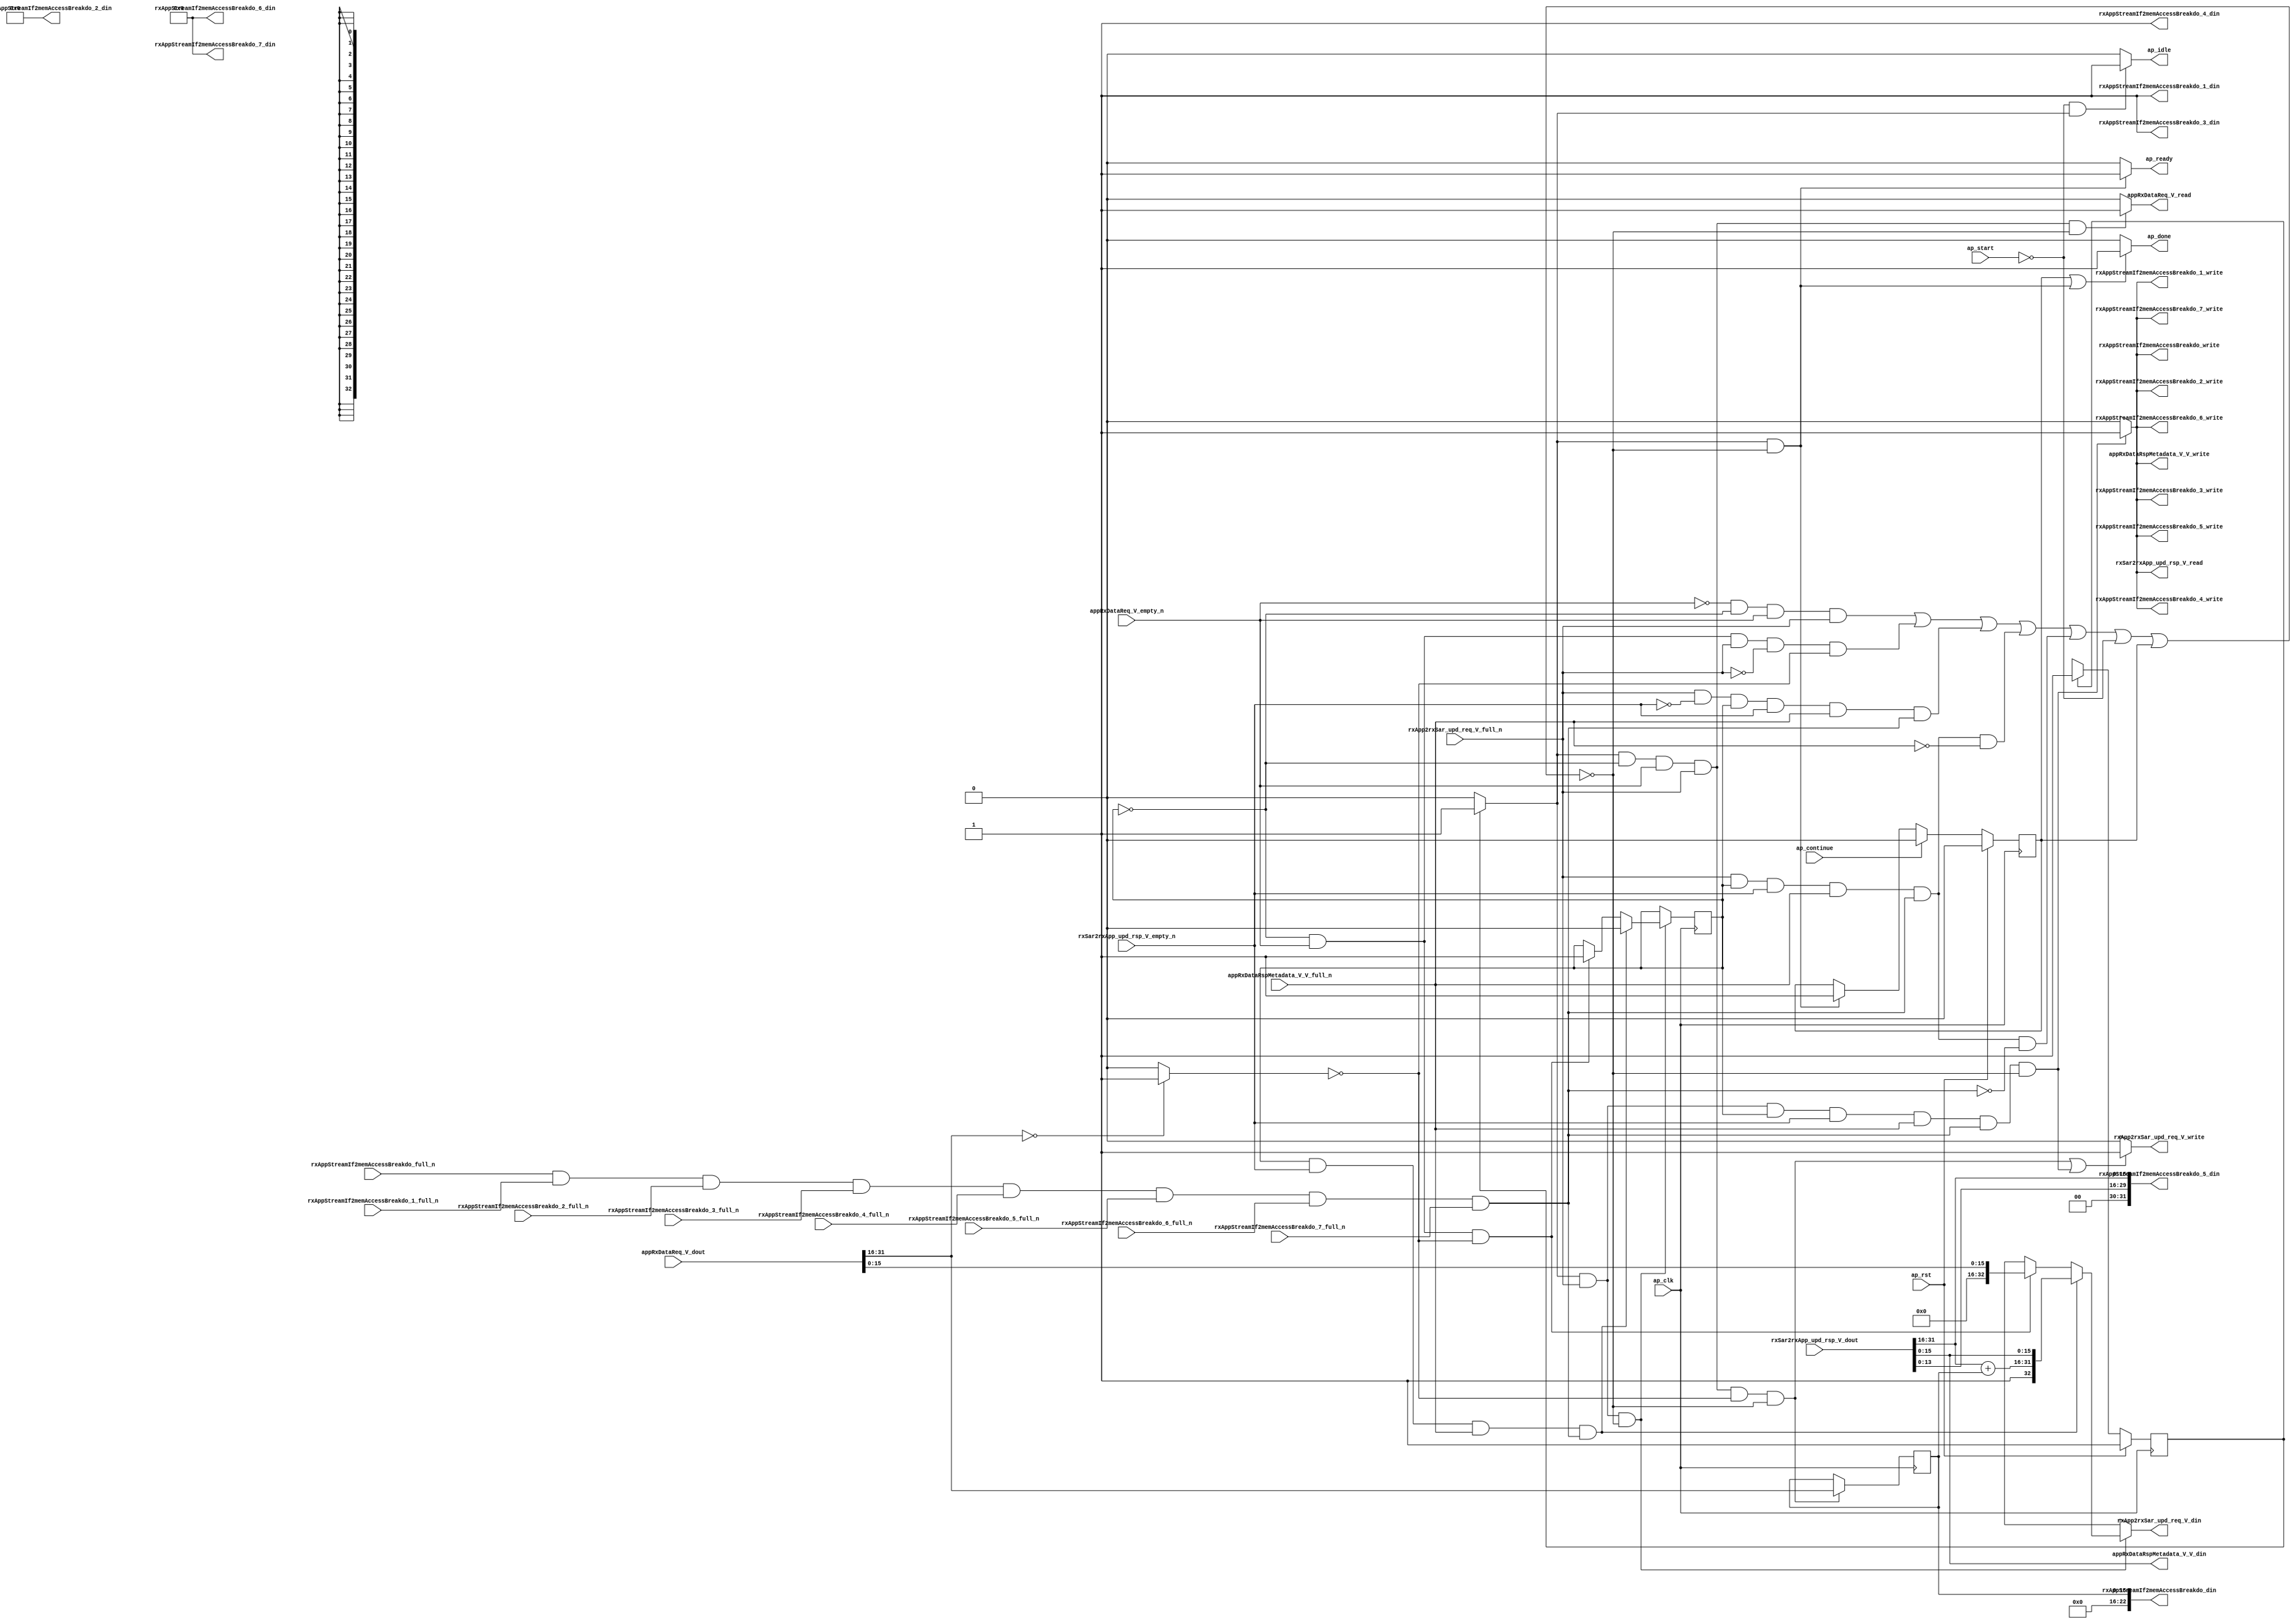
// ==============================================================
// RTL generated by Vivado(TM) HLS - High-Level Synthesis from C, C++ and SystemC
// Version: 2015.1
// Copyright (C) 2015 Xilinx Inc. All rights reserved.
// 
// ===========================================================

`timescale 1 ns / 1 ps 

module toe_rx_app_stream_if (
        ap_clk,
        ap_rst,
        ap_start,
        ap_done,
        ap_continue,
        ap_idle,
        ap_ready,
        appRxDataReq_V_dout,
        appRxDataReq_V_empty_n,
        appRxDataReq_V_read,
        appRxDataRspMetadata_V_V_din,
        appRxDataRspMetadata_V_V_full_n,
        appRxDataRspMetadata_V_V_write,
        rxApp2rxSar_upd_req_V_din,
        rxApp2rxSar_upd_req_V_full_n,
        rxApp2rxSar_upd_req_V_write,
        rxSar2rxApp_upd_rsp_V_dout,
        rxSar2rxApp_upd_rsp_V_empty_n,
        rxSar2rxApp_upd_rsp_V_read,
        rxAppStreamIf2memAccessBreakdo_din,
        rxAppStreamIf2memAccessBreakdo_full_n,
        rxAppStreamIf2memAccessBreakdo_write,
        rxAppStreamIf2memAccessBreakdo_1_din,
        rxAppStreamIf2memAccessBreakdo_1_full_n,
        rxAppStreamIf2memAccessBreakdo_1_write,
        rxAppStreamIf2memAccessBreakdo_2_din,
        rxAppStreamIf2memAccessBreakdo_2_full_n,
        rxAppStreamIf2memAccessBreakdo_2_write,
        rxAppStreamIf2memAccessBreakdo_3_din,
        rxAppStreamIf2memAccessBreakdo_3_full_n,
        rxAppStreamIf2memAccessBreakdo_3_write,
        rxAppStreamIf2memAccessBreakdo_4_din,
        rxAppStreamIf2memAccessBreakdo_4_full_n,
        rxAppStreamIf2memAccessBreakdo_4_write,
        rxAppStreamIf2memAccessBreakdo_5_din,
        rxAppStreamIf2memAccessBreakdo_5_full_n,
        rxAppStreamIf2memAccessBreakdo_5_write,
        rxAppStreamIf2memAccessBreakdo_6_din,
        rxAppStreamIf2memAccessBreakdo_6_full_n,
        rxAppStreamIf2memAccessBreakdo_6_write,
        rxAppStreamIf2memAccessBreakdo_7_din,
        rxAppStreamIf2memAccessBreakdo_7_full_n,
        rxAppStreamIf2memAccessBreakdo_7_write
);

parameter    ap_const_logic_1 = 1'b1;
parameter    ap_const_logic_0 = 1'b0;
parameter    ap_ST_st1_fsm_0 = 1'b1;
parameter    ap_const_lv32_0 = 32'b00000000000000000000000000000000;
parameter    ap_const_lv1_1 = 1'b1;
parameter    ap_const_lv1_0 = 1'b0;
parameter    ap_const_lv16_0 = 16'b0000000000000000;
parameter    ap_const_lv6_0 = 6'b000000;
parameter    ap_const_lv4_0 = 4'b0000;
parameter    ap_const_lv32_10 = 32'b10000;
parameter    ap_const_lv32_1F = 32'b11111;
parameter    ap_const_lv17_0 = 17'b00000000000000000;
parameter    ap_const_lv16_1 = 16'b1;
parameter    ap_true = 1'b1;

input   ap_clk;
input   ap_rst;
input   ap_start;
output   ap_done;
input   ap_continue;
output   ap_idle;
output   ap_ready;
input  [31:0] appRxDataReq_V_dout;
input   appRxDataReq_V_empty_n;
output   appRxDataReq_V_read;
output  [15:0] appRxDataRspMetadata_V_V_din;
input   appRxDataRspMetadata_V_V_full_n;
output   appRxDataRspMetadata_V_V_write;
output  [32:0] rxApp2rxSar_upd_req_V_din;
input   rxApp2rxSar_upd_req_V_full_n;
output   rxApp2rxSar_upd_req_V_write;
input  [32:0] rxSar2rxApp_upd_rsp_V_dout;
input   rxSar2rxApp_upd_rsp_V_empty_n;
output   rxSar2rxApp_upd_rsp_V_read;
output  [22:0] rxAppStreamIf2memAccessBreakdo_din;
input   rxAppStreamIf2memAccessBreakdo_full_n;
output   rxAppStreamIf2memAccessBreakdo_write;
output  [0:0] rxAppStreamIf2memAccessBreakdo_1_din;
input   rxAppStreamIf2memAccessBreakdo_1_full_n;
output   rxAppStreamIf2memAccessBreakdo_1_write;
output  [5:0] rxAppStreamIf2memAccessBreakdo_2_din;
input   rxAppStreamIf2memAccessBreakdo_2_full_n;
output   rxAppStreamIf2memAccessBreakdo_2_write;
output  [0:0] rxAppStreamIf2memAccessBreakdo_3_din;
input   rxAppStreamIf2memAccessBreakdo_3_full_n;
output   rxAppStreamIf2memAccessBreakdo_3_write;
output  [0:0] rxAppStreamIf2memAccessBreakdo_4_din;
input   rxAppStreamIf2memAccessBreakdo_4_full_n;
output   rxAppStreamIf2memAccessBreakdo_4_write;
output  [31:0] rxAppStreamIf2memAccessBreakdo_5_din;
input   rxAppStreamIf2memAccessBreakdo_5_full_n;
output   rxAppStreamIf2memAccessBreakdo_5_write;
output  [3:0] rxAppStreamIf2memAccessBreakdo_6_din;
input   rxAppStreamIf2memAccessBreakdo_6_full_n;
output   rxAppStreamIf2memAccessBreakdo_6_write;
output  [3:0] rxAppStreamIf2memAccessBreakdo_7_din;
input   rxAppStreamIf2memAccessBreakdo_7_full_n;
output   rxAppStreamIf2memAccessBreakdo_7_write;

reg ap_done;
reg ap_idle;
reg ap_ready;
reg appRxDataReq_V_read;
reg appRxDataRspMetadata_V_V_write;
reg[32:0] rxApp2rxSar_upd_req_V_din;
reg rxApp2rxSar_upd_req_V_write;
reg rxSar2rxApp_upd_rsp_V_read;
reg    ap_done_reg = 1'b0;
(* fsm_encoding = "none" *) reg   [0:0] ap_CS_fsm = 1'b1;
reg    ap_sig_cseq_ST_st1_fsm_0;
reg    ap_sig_bdd_20;
reg   [0:0] rasi_fsmState_V = 1'b0;
reg   [15:0] rasi_readLength_V = 16'b0000000000000000;
reg   [15:0] rxRdCounter = 16'b0000000000000000;
wire   [0:0] tmp_nbreadreq_fu_168_p3;
wire   [0:0] grp_nbwritereq_fu_176_p3;
wire   [0:0] tmp_s_fu_297_p2;
wire   [0:0] tmp_191_nbreadreq_fu_197_p3;
wire   [0:0] tmp_182_nbwritereq_fu_205_p3;
wire   [0:0] tmp_183_nbwritereq_fu_213_p10;
wire    rxAppStreamIf2memAccessBreakdo1_status;
reg    ap_sig_bdd_129;
wire   [32:0] tmp_1_fu_307_p3;
wire   [32:0] tmp_3_fu_391_p4;
wire   [15:0] p_Val2_s_fu_328_p1;
reg    rxAppStreamIf2memAccessBreakdo1_update;
wire   [15:0] tmp_length_V_load_new9_fu_287_p4;
wire   [15:0] tmp_239_fu_364_p2;
wire   [15:0] tmp_sessionID_V_fu_303_p1;
wire   [13:0] tmp_909_fu_333_p1;
wire   [15:0] tmp_appd_V_12_load_new_fu_337_p4;
wire   [29:0] tmp_225_fu_347_p3;
wire   [15:0] tmp_appd_V_fu_385_p2;
reg   [0:0] ap_NS_fsm;
reg    ap_sig_bdd_217;
reg    ap_sig_bdd_112;
reg    ap_sig_bdd_216;




/// the current state (ap_CS_fsm) of the state machine. ///
always @ (posedge ap_clk)
begin : ap_ret_ap_CS_fsm
    if (ap_rst == 1'b1) begin
        ap_CS_fsm <= ap_ST_st1_fsm_0;
    end else begin
        ap_CS_fsm <= ap_NS_fsm;
    end
end

/// ap_done_reg assign process. ///
always @ (posedge ap_clk)
begin : ap_ret_ap_done_reg
    if (ap_rst == 1'b1) begin
        ap_done_reg <= ap_const_logic_0;
    end else begin
        if ((ap_const_logic_1 == ap_continue)) begin
            ap_done_reg <= ap_const_logic_0;
        end else if (((ap_const_logic_1 == ap_sig_cseq_ST_st1_fsm_0) & ~ap_sig_bdd_129)) begin
            ap_done_reg <= ap_const_logic_1;
        end
    end
end

/// assign process. ///
always @(posedge ap_clk)
begin
    if (ap_sig_bdd_216) begin
        if (ap_sig_bdd_112) begin
            rasi_fsmState_V <= ap_const_lv1_0;
        end else if (ap_sig_bdd_217) begin
            rasi_fsmState_V <= ap_const_lv1_1;
        end
    end
end

/// assign process. ///
always @(posedge ap_clk)
begin
    if (((ap_const_logic_1 == ap_sig_cseq_ST_st1_fsm_0) & (ap_const_lv1_0 == rasi_fsmState_V) & ~(ap_const_lv1_0 == tmp_nbreadreq_fu_168_p3) & ~(ap_const_lv1_0 == grp_nbwritereq_fu_176_p3) & (ap_const_lv1_0 == tmp_s_fu_297_p2) & ~ap_sig_bdd_129)) begin
        rasi_readLength_V <= {{appRxDataReq_V_dout[ap_const_lv32_1F : ap_const_lv32_10]}};
    end
end

/// assign process. ///
always @(posedge ap_clk)
begin
    if (((ap_const_logic_1 == ap_sig_cseq_ST_st1_fsm_0) & ~(ap_const_lv1_0 == grp_nbwritereq_fu_176_p3) & ~(ap_const_lv1_0 == rasi_fsmState_V) & ~(ap_const_lv1_0 == tmp_191_nbreadreq_fu_197_p3) & ~(ap_const_lv1_0 == tmp_182_nbwritereq_fu_205_p3) & ~(ap_const_lv1_0 == tmp_183_nbwritereq_fu_213_p10) & ~ap_sig_bdd_129)) begin
        rxRdCounter <= tmp_239_fu_364_p2;
    end
end

/// ap_done assign process. ///
always @ (ap_done_reg or ap_sig_cseq_ST_st1_fsm_0 or ap_sig_bdd_129)
begin
    if (((ap_const_logic_1 == ap_done_reg) | ((ap_const_logic_1 == ap_sig_cseq_ST_st1_fsm_0) & ~ap_sig_bdd_129))) begin
        ap_done = ap_const_logic_1;
    end else begin
        ap_done = ap_const_logic_0;
    end
end

/// ap_idle assign process. ///
always @ (ap_start or ap_sig_cseq_ST_st1_fsm_0)
begin
    if ((~(ap_const_logic_1 == ap_start) & (ap_const_logic_1 == ap_sig_cseq_ST_st1_fsm_0))) begin
        ap_idle = ap_const_logic_1;
    end else begin
        ap_idle = ap_const_logic_0;
    end
end

/// ap_ready assign process. ///
always @ (ap_sig_cseq_ST_st1_fsm_0 or ap_sig_bdd_129)
begin
    if (((ap_const_logic_1 == ap_sig_cseq_ST_st1_fsm_0) & ~ap_sig_bdd_129)) begin
        ap_ready = ap_const_logic_1;
    end else begin
        ap_ready = ap_const_logic_0;
    end
end

/// ap_sig_cseq_ST_st1_fsm_0 assign process. ///
always @ (ap_sig_bdd_20)
begin
    if (ap_sig_bdd_20) begin
        ap_sig_cseq_ST_st1_fsm_0 = ap_const_logic_1;
    end else begin
        ap_sig_cseq_ST_st1_fsm_0 = ap_const_logic_0;
    end
end

/// appRxDataReq_V_read assign process. ///
always @ (ap_sig_cseq_ST_st1_fsm_0 or rasi_fsmState_V or tmp_nbreadreq_fu_168_p3 or grp_nbwritereq_fu_176_p3 or ap_sig_bdd_129)
begin
    if (((ap_const_logic_1 == ap_sig_cseq_ST_st1_fsm_0) & (ap_const_lv1_0 == rasi_fsmState_V) & ~(ap_const_lv1_0 == tmp_nbreadreq_fu_168_p3) & ~(ap_const_lv1_0 == grp_nbwritereq_fu_176_p3) & ~ap_sig_bdd_129)) begin
        appRxDataReq_V_read = ap_const_logic_1;
    end else begin
        appRxDataReq_V_read = ap_const_logic_0;
    end
end

/// appRxDataRspMetadata_V_V_write assign process. ///
always @ (ap_sig_cseq_ST_st1_fsm_0 or rasi_fsmState_V or grp_nbwritereq_fu_176_p3 or tmp_191_nbreadreq_fu_197_p3 or tmp_182_nbwritereq_fu_205_p3 or tmp_183_nbwritereq_fu_213_p10 or ap_sig_bdd_129)
begin
    if (((ap_const_logic_1 == ap_sig_cseq_ST_st1_fsm_0) & ~(ap_const_lv1_0 == grp_nbwritereq_fu_176_p3) & ~(ap_const_lv1_0 == rasi_fsmState_V) & ~(ap_const_lv1_0 == tmp_191_nbreadreq_fu_197_p3) & ~(ap_const_lv1_0 == tmp_182_nbwritereq_fu_205_p3) & ~(ap_const_lv1_0 == tmp_183_nbwritereq_fu_213_p10) & ~ap_sig_bdd_129)) begin
        appRxDataRspMetadata_V_V_write = ap_const_logic_1;
    end else begin
        appRxDataRspMetadata_V_V_write = ap_const_logic_0;
    end
end

/// rxApp2rxSar_upd_req_V_din assign process. ///
always @ (tmp_1_fu_307_p3 or tmp_3_fu_391_p4 or ap_sig_bdd_217 or ap_sig_bdd_112 or ap_sig_bdd_216)
begin
    if (ap_sig_bdd_216) begin
        if (ap_sig_bdd_112) begin
            rxApp2rxSar_upd_req_V_din = tmp_3_fu_391_p4;
        end else if (ap_sig_bdd_217) begin
            rxApp2rxSar_upd_req_V_din = tmp_1_fu_307_p3;
        end else begin
            rxApp2rxSar_upd_req_V_din = 'bx;
        end
    end else begin
        rxApp2rxSar_upd_req_V_din = 'bx;
    end
end

/// rxApp2rxSar_upd_req_V_write assign process. ///
always @ (ap_sig_cseq_ST_st1_fsm_0 or rasi_fsmState_V or tmp_nbreadreq_fu_168_p3 or grp_nbwritereq_fu_176_p3 or tmp_s_fu_297_p2 or tmp_191_nbreadreq_fu_197_p3 or tmp_182_nbwritereq_fu_205_p3 or tmp_183_nbwritereq_fu_213_p10 or ap_sig_bdd_129)
begin
    if ((((ap_const_logic_1 == ap_sig_cseq_ST_st1_fsm_0) & (ap_const_lv1_0 == rasi_fsmState_V) & ~(ap_const_lv1_0 == tmp_nbreadreq_fu_168_p3) & ~(ap_const_lv1_0 == grp_nbwritereq_fu_176_p3) & (ap_const_lv1_0 == tmp_s_fu_297_p2) & ~ap_sig_bdd_129) | ((ap_const_logic_1 == ap_sig_cseq_ST_st1_fsm_0) & ~(ap_const_lv1_0 == grp_nbwritereq_fu_176_p3) & ~(ap_const_lv1_0 == rasi_fsmState_V) & ~(ap_const_lv1_0 == tmp_191_nbreadreq_fu_197_p3) & ~(ap_const_lv1_0 == tmp_182_nbwritereq_fu_205_p3) & ~(ap_const_lv1_0 == tmp_183_nbwritereq_fu_213_p10) & ~ap_sig_bdd_129))) begin
        rxApp2rxSar_upd_req_V_write = ap_const_logic_1;
    end else begin
        rxApp2rxSar_upd_req_V_write = ap_const_logic_0;
    end
end

/// rxAppStreamIf2memAccessBreakdo1_update assign process. ///
always @ (ap_sig_cseq_ST_st1_fsm_0 or rasi_fsmState_V or grp_nbwritereq_fu_176_p3 or tmp_191_nbreadreq_fu_197_p3 or tmp_182_nbwritereq_fu_205_p3 or tmp_183_nbwritereq_fu_213_p10 or ap_sig_bdd_129)
begin
    if (((ap_const_logic_1 == ap_sig_cseq_ST_st1_fsm_0) & ~(ap_const_lv1_0 == grp_nbwritereq_fu_176_p3) & ~(ap_const_lv1_0 == rasi_fsmState_V) & ~(ap_const_lv1_0 == tmp_191_nbreadreq_fu_197_p3) & ~(ap_const_lv1_0 == tmp_182_nbwritereq_fu_205_p3) & ~(ap_const_lv1_0 == tmp_183_nbwritereq_fu_213_p10) & ~ap_sig_bdd_129)) begin
        rxAppStreamIf2memAccessBreakdo1_update = ap_const_logic_1;
    end else begin
        rxAppStreamIf2memAccessBreakdo1_update = ap_const_logic_0;
    end
end

/// rxSar2rxApp_upd_rsp_V_read assign process. ///
always @ (ap_sig_cseq_ST_st1_fsm_0 or rasi_fsmState_V or grp_nbwritereq_fu_176_p3 or tmp_191_nbreadreq_fu_197_p3 or tmp_182_nbwritereq_fu_205_p3 or tmp_183_nbwritereq_fu_213_p10 or ap_sig_bdd_129)
begin
    if (((ap_const_logic_1 == ap_sig_cseq_ST_st1_fsm_0) & ~(ap_const_lv1_0 == grp_nbwritereq_fu_176_p3) & ~(ap_const_lv1_0 == rasi_fsmState_V) & ~(ap_const_lv1_0 == tmp_191_nbreadreq_fu_197_p3) & ~(ap_const_lv1_0 == tmp_182_nbwritereq_fu_205_p3) & ~(ap_const_lv1_0 == tmp_183_nbwritereq_fu_213_p10) & ~ap_sig_bdd_129)) begin
        rxSar2rxApp_upd_rsp_V_read = ap_const_logic_1;
    end else begin
        rxSar2rxApp_upd_rsp_V_read = ap_const_logic_0;
    end
end
/// the next state (ap_NS_fsm) of the state machine. ///
always @ (ap_CS_fsm or ap_sig_bdd_129)
begin
    case (ap_CS_fsm)
        ap_ST_st1_fsm_0 : 
        begin
            ap_NS_fsm = ap_ST_st1_fsm_0;
        end
        default : 
        begin
            ap_NS_fsm = 'bx;
        end
    endcase
end


/// ap_sig_bdd_112 assign process. ///
always @ (rasi_fsmState_V or tmp_191_nbreadreq_fu_197_p3 or tmp_182_nbwritereq_fu_205_p3 or tmp_183_nbwritereq_fu_213_p10)
begin
    ap_sig_bdd_112 = (~(ap_const_lv1_0 == rasi_fsmState_V) & ~(ap_const_lv1_0 == tmp_191_nbreadreq_fu_197_p3) & ~(ap_const_lv1_0 == tmp_182_nbwritereq_fu_205_p3) & ~(ap_const_lv1_0 == tmp_183_nbwritereq_fu_213_p10));
end

/// ap_sig_bdd_129 assign process. ///
always @ (ap_start or ap_done_reg or appRxDataReq_V_empty_n or appRxDataRspMetadata_V_V_full_n or rasi_fsmState_V or rxApp2rxSar_upd_req_V_full_n or rxSar2rxApp_upd_rsp_V_empty_n or tmp_nbreadreq_fu_168_p3 or grp_nbwritereq_fu_176_p3 or tmp_s_fu_297_p2 or tmp_191_nbreadreq_fu_197_p3 or tmp_182_nbwritereq_fu_205_p3 or tmp_183_nbwritereq_fu_213_p10 or rxAppStreamIf2memAccessBreakdo1_status)
begin
    ap_sig_bdd_129 = (((appRxDataReq_V_empty_n == ap_const_logic_0) & (ap_const_lv1_0 == rasi_fsmState_V) & ~(ap_const_lv1_0 == tmp_nbreadreq_fu_168_p3) & ~(ap_const_lv1_0 == grp_nbwritereq_fu_176_p3)) | ((ap_const_lv1_0 == rasi_fsmState_V) & ~(ap_const_lv1_0 == tmp_nbreadreq_fu_168_p3) & ~(ap_const_lv1_0 == grp_nbwritereq_fu_176_p3) & (rxApp2rxSar_upd_req_V_full_n == ap_const_logic_0) & (ap_const_lv1_0 == tmp_s_fu_297_p2)) | (~(ap_const_lv1_0 == grp_nbwritereq_fu_176_p3) & (rxSar2rxApp_upd_rsp_V_empty_n == ap_const_logic_0) & ~(ap_const_lv1_0 == rasi_fsmState_V) & ~(ap_const_lv1_0 == tmp_191_nbreadreq_fu_197_p3) & ~(ap_const_lv1_0 == tmp_182_nbwritereq_fu_205_p3) & ~(ap_const_lv1_0 == tmp_183_nbwritereq_fu_213_p10)) | (~(ap_const_lv1_0 == grp_nbwritereq_fu_176_p3) & ~(ap_const_lv1_0 == rasi_fsmState_V) & ~(ap_const_lv1_0 == tmp_191_nbreadreq_fu_197_p3) & ~(ap_const_lv1_0 == tmp_182_nbwritereq_fu_205_p3) & ~(ap_const_lv1_0 == tmp_183_nbwritereq_fu_213_p10) & (appRxDataRspMetadata_V_V_full_n == ap_const_logic_0)) | (~(ap_const_lv1_0 == grp_nbwritereq_fu_176_p3) & ~(ap_const_lv1_0 == rasi_fsmState_V) & ~(ap_const_lv1_0 == tmp_191_nbreadreq_fu_197_p3) & ~(ap_const_lv1_0 == tmp_182_nbwritereq_fu_205_p3) & ~(ap_const_lv1_0 == tmp_183_nbwritereq_fu_213_p10) & (rxAppStreamIf2memAccessBreakdo1_status == ap_const_logic_0)) | (~(ap_const_lv1_0 == grp_nbwritereq_fu_176_p3) & (rxApp2rxSar_upd_req_V_full_n == ap_const_logic_0) & ~(ap_const_lv1_0 == rasi_fsmState_V) & ~(ap_const_lv1_0 == tmp_191_nbreadreq_fu_197_p3) & ~(ap_const_lv1_0 == tmp_182_nbwritereq_fu_205_p3) & ~(ap_const_lv1_0 == tmp_183_nbwritereq_fu_213_p10)) | (ap_start == ap_const_logic_0) | (ap_done_reg == ap_const_logic_1));
end

/// ap_sig_bdd_20 assign process. ///
always @ (ap_CS_fsm)
begin
    ap_sig_bdd_20 = (ap_CS_fsm[ap_const_lv32_0] == ap_const_lv1_1);
end

/// ap_sig_bdd_216 assign process. ///
always @ (ap_sig_cseq_ST_st1_fsm_0 or grp_nbwritereq_fu_176_p3 or ap_sig_bdd_129)
begin
    ap_sig_bdd_216 = ((ap_const_logic_1 == ap_sig_cseq_ST_st1_fsm_0) & ~(ap_const_lv1_0 == grp_nbwritereq_fu_176_p3) & ~ap_sig_bdd_129);
end

/// ap_sig_bdd_217 assign process. ///
always @ (rasi_fsmState_V or tmp_nbreadreq_fu_168_p3 or tmp_s_fu_297_p2)
begin
    ap_sig_bdd_217 = ((ap_const_lv1_0 == rasi_fsmState_V) & ~(ap_const_lv1_0 == tmp_nbreadreq_fu_168_p3) & (ap_const_lv1_0 == tmp_s_fu_297_p2));
end
assign appRxDataRspMetadata_V_V_din = p_Val2_s_fu_328_p1;
assign grp_nbwritereq_fu_176_p3 = rxApp2rxSar_upd_req_V_full_n;
assign p_Val2_s_fu_328_p1 = rxSar2rxApp_upd_rsp_V_dout[15:0];
assign rxAppStreamIf2memAccessBreakdo1_status = (rxAppStreamIf2memAccessBreakdo_full_n & rxAppStreamIf2memAccessBreakdo_1_full_n & rxAppStreamIf2memAccessBreakdo_2_full_n & rxAppStreamIf2memAccessBreakdo_3_full_n & rxAppStreamIf2memAccessBreakdo_4_full_n & rxAppStreamIf2memAccessBreakdo_5_full_n & rxAppStreamIf2memAccessBreakdo_6_full_n & rxAppStreamIf2memAccessBreakdo_7_full_n);
assign rxAppStreamIf2memAccessBreakdo_1_din = ap_const_lv1_1;
assign rxAppStreamIf2memAccessBreakdo_1_write = rxAppStreamIf2memAccessBreakdo1_update;
assign rxAppStreamIf2memAccessBreakdo_2_din = ap_const_lv6_0;
assign rxAppStreamIf2memAccessBreakdo_2_write = rxAppStreamIf2memAccessBreakdo1_update;
assign rxAppStreamIf2memAccessBreakdo_3_din = ap_const_lv1_1;
assign rxAppStreamIf2memAccessBreakdo_3_write = rxAppStreamIf2memAccessBreakdo1_update;
assign rxAppStreamIf2memAccessBreakdo_4_din = ap_const_lv1_1;
assign rxAppStreamIf2memAccessBreakdo_4_write = rxAppStreamIf2memAccessBreakdo1_update;
assign rxAppStreamIf2memAccessBreakdo_5_din = tmp_225_fu_347_p3;
assign rxAppStreamIf2memAccessBreakdo_5_write = rxAppStreamIf2memAccessBreakdo1_update;
assign rxAppStreamIf2memAccessBreakdo_6_din = ap_const_lv4_0;
assign rxAppStreamIf2memAccessBreakdo_6_write = rxAppStreamIf2memAccessBreakdo1_update;
assign rxAppStreamIf2memAccessBreakdo_7_din = ap_const_lv4_0;
assign rxAppStreamIf2memAccessBreakdo_7_write = rxAppStreamIf2memAccessBreakdo1_update;
assign rxAppStreamIf2memAccessBreakdo_din = rasi_readLength_V;
assign rxAppStreamIf2memAccessBreakdo_write = rxAppStreamIf2memAccessBreakdo1_update;
assign tmp_182_nbwritereq_fu_205_p3 = appRxDataRspMetadata_V_V_full_n;
assign tmp_183_nbwritereq_fu_213_p10 = (rxAppStreamIf2memAccessBreakdo_full_n & rxAppStreamIf2memAccessBreakdo_1_full_n & rxAppStreamIf2memAccessBreakdo_2_full_n & rxAppStreamIf2memAccessBreakdo_3_full_n & rxAppStreamIf2memAccessBreakdo_4_full_n & rxAppStreamIf2memAccessBreakdo_5_full_n & rxAppStreamIf2memAccessBreakdo_6_full_n & rxAppStreamIf2memAccessBreakdo_7_full_n);
assign tmp_191_nbreadreq_fu_197_p3 = rxSar2rxApp_upd_rsp_V_empty_n;
assign tmp_1_fu_307_p3 = {{ap_const_lv17_0}, {tmp_sessionID_V_fu_303_p1}};
assign tmp_225_fu_347_p3 = {{tmp_909_fu_333_p1}, {tmp_appd_V_12_load_new_fu_337_p4}};
assign tmp_239_fu_364_p2 = (ap_const_lv16_1 + rxRdCounter);
assign tmp_3_fu_391_p4 = {{{{ap_const_lv1_1}, {tmp_appd_V_fu_385_p2}}}, {p_Val2_s_fu_328_p1}};
assign tmp_909_fu_333_p1 = rxSar2rxApp_upd_rsp_V_dout[13:0];
assign tmp_appd_V_12_load_new_fu_337_p4 = {{rxSar2rxApp_upd_rsp_V_dout[ap_const_lv32_1F : ap_const_lv32_10]}};
assign tmp_appd_V_fu_385_p2 = (tmp_appd_V_12_load_new_fu_337_p4 + rasi_readLength_V);
assign tmp_length_V_load_new9_fu_287_p4 = {{appRxDataReq_V_dout[ap_const_lv32_1F : ap_const_lv32_10]}};
assign tmp_nbreadreq_fu_168_p3 = appRxDataReq_V_empty_n;
assign tmp_s_fu_297_p2 = (tmp_length_V_load_new9_fu_287_p4 == ap_const_lv16_0? 1'b1: 1'b0);
assign tmp_sessionID_V_fu_303_p1 = appRxDataReq_V_dout[15:0];


endmodule //toe_rx_app_stream_if